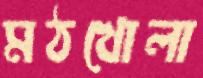
মঠখোলা